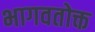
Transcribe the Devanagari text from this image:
भागवतोक्त